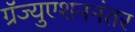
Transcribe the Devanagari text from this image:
ग्रॅज्युएशननंतर